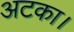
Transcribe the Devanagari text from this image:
अटका।